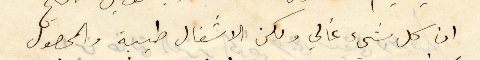
ان كل شيء غالي ولكن الاشغال طيبة والمحصول